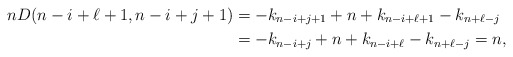
\begin{align*} n D(n-i+\ell+1, n-i+j+1)&= -k_{n-i+j+1}+n+k_{n-i+\ell+1}-k_{n+\ell-j}\\ &=-k_{n-i+j}+n+k_{n-i+\ell}-k_{n+\ell-j}=n,\end{align*}